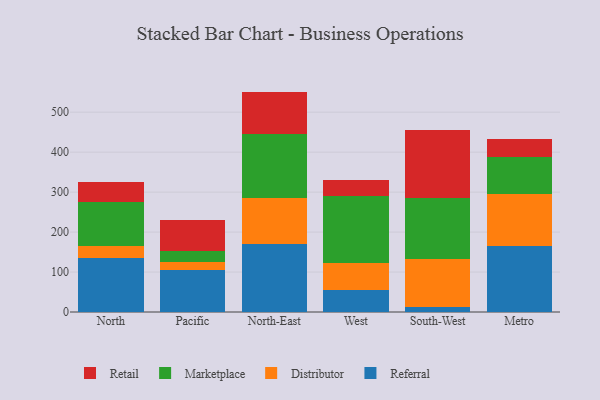
{"axis": {"x": "Region", "y": "Population (Million)"}, "legend": ["Distributor", "Marketplace", "Referral", "Retail"], "data": [{"x": "North", "y": 134.8, "type": "Referral"}, {"x": "North", "y": 31.5, "type": "Distributor"}, {"x": "North", "y": 109.1, "type": "Marketplace"}, {"x": "North", "y": 50.6, "type": "Retail"}, {"x": "Pacific", "y": 104.1, "type": "Referral"}, {"x": "Pacific", "y": 20.2, "type": "Distributor"}, {"x": "Pacific", "y": 27.6, "type": "Marketplace"}, {"x": "Pacific", "y": 77.3, "type": "Retail"}, {"x": "North-East", "y": 169.9, "type": "Referral"}, {"x": "North-East", "y": 116.2, "type": "Distributor"}, {"x": "North-East", "y": 158.8, "type": "Marketplace"}, {"x": "North-East", "y": 106.6, "type": "Retail"}, {"x": "West", "y": 54.0, "type": "Referral"}, {"x": "West", "y": 68.0, "type": "Distributor"}, {"x": "West", "y": 169.4, "type": "Marketplace"}, {"x": "West", "y": 39.0, "type": "Retail"}, {"x": "South-West", "y": 13.1, "type": "Referral"}, {"x": "South-West", "y": 120.2, "type": "Distributor"}, {"x": "South-West", "y": 153.1, "type": "Marketplace"}, {"x": "South-West", "y": 168.3, "type": "Retail"}, {"x": "Metro", "y": 166.2, "type": "Referral"}, {"x": "Metro", "y": 128.7, "type": "Distributor"}, {"x": "Metro", "y": 93.9, "type": "Marketplace"}, {"x": "Metro", "y": 44.2, "type": "Retail"}]}